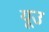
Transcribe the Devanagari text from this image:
यूउ